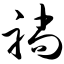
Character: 躺